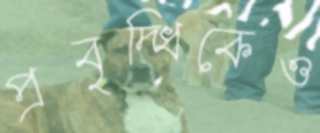
প্রবৃদ্ধিকেও